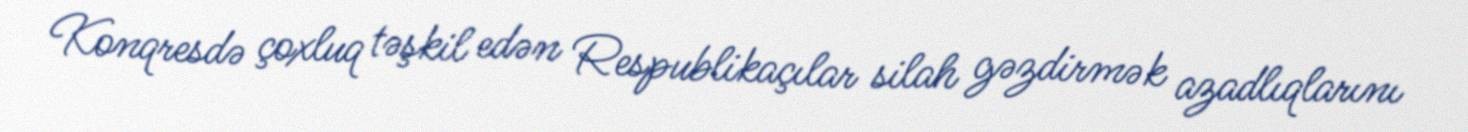
Konqresdə çoxluq təşkil edən Respublikaçılar silah gəzdirmək azadlıqlarını